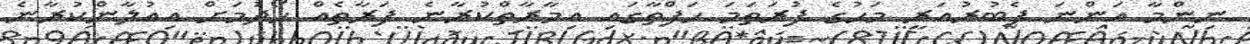
ނިންމާ އަންނަ ފެބުރުއަރީ މަހުގެ ފުރަތަމަ ހަފްތާގައި އިމާރާތްކުރާނެ ފަރާތެއް ހޯދުމަށް އިއުލާންކުރާނެ